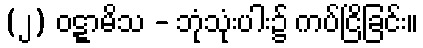
(၂) ဝဋ္ဋာမိသ - ဘုံသုံးပါး၌ ကပ်ငြိခြင်း။